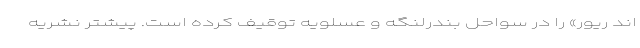
اند ریور» را در سواحل بندرلنگه و عسلویه توقیف کرده است. پیشتر نشریه